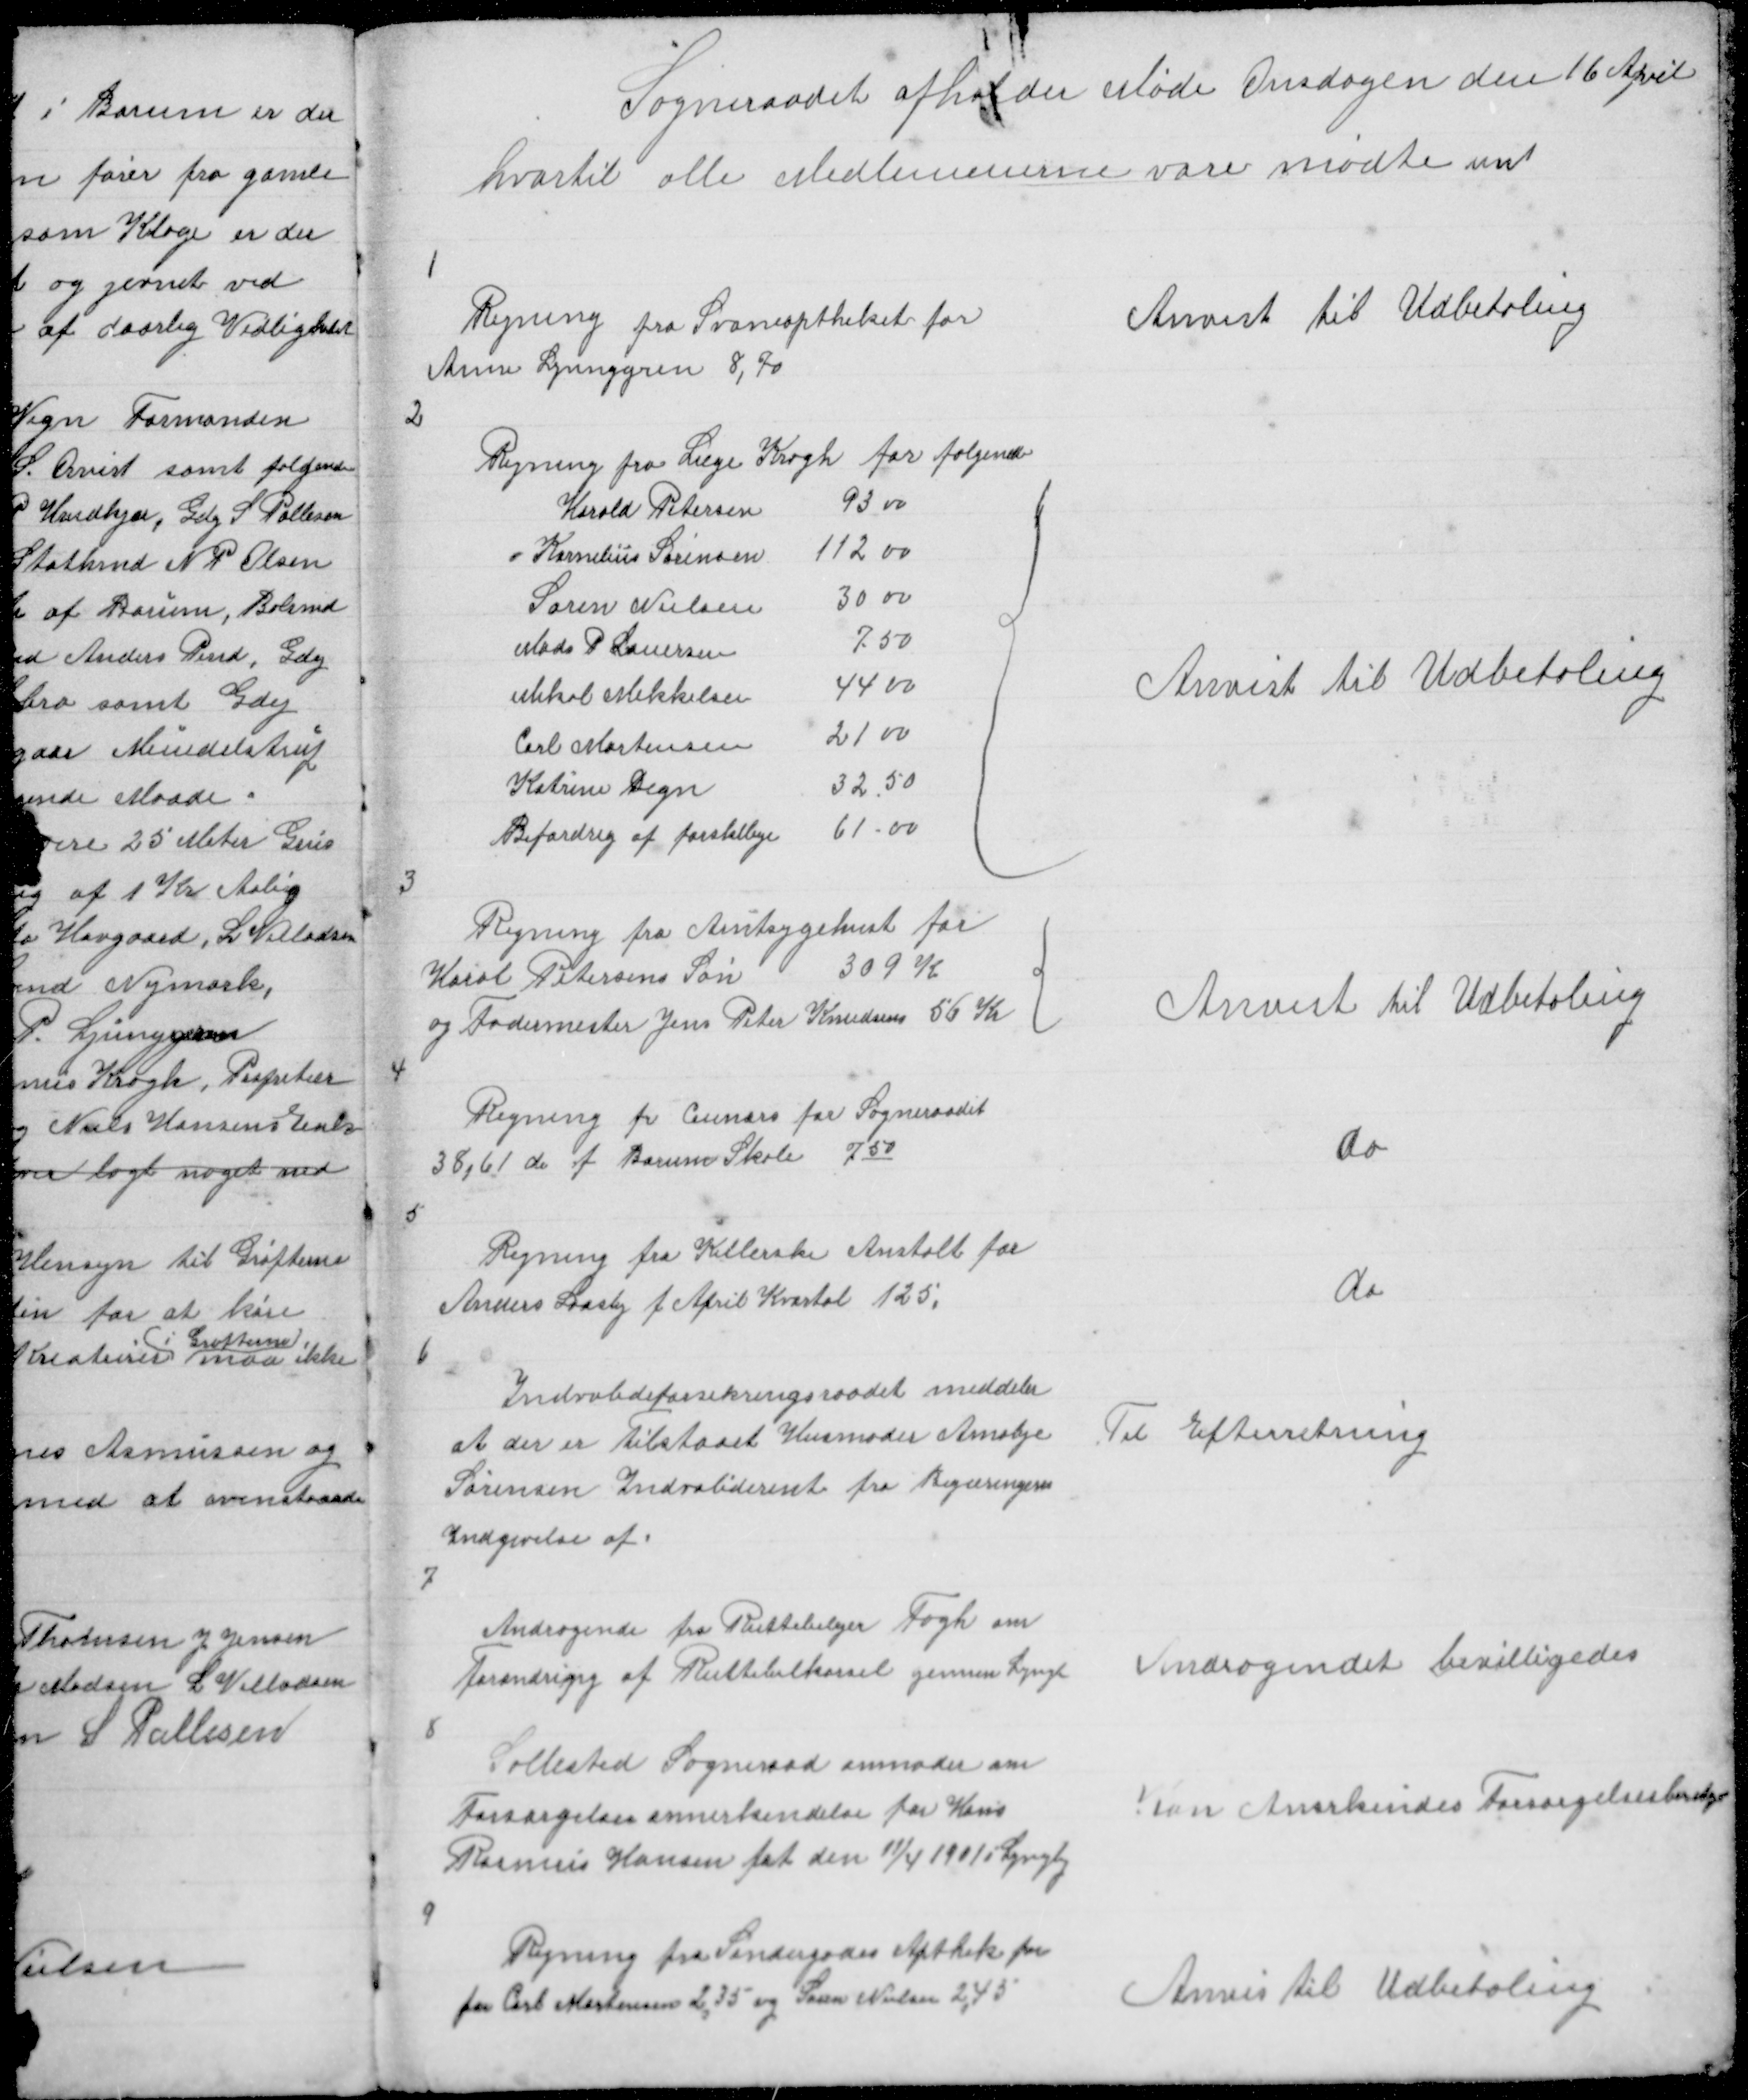
Transskription:
Sogneraadet afholder Møde Onsdagen den 16 April
hvortil alle Medlemmerne vare mødte unt

1

Regning fra Svaneaptheket for
Anne Ljunggren 8,70

Anvist til Udbetaling

2

Anvist til Udbetaling

3

Regning fra Amtsygehuset for
Karol Petersens Søn 309 K
{
og Fodermester Jens Peter Knudsens 56 Kr

Anvist til Udbetaling

4

Regning fra Ceuners for Sogneraadet
38,61 do f Borum Skole 750

do

5

Regning fra Kellerske Anstalt for
Anders Laasby f April Kvartal 125

do

6

Indvalideforsikringsraadet meddeler
at der er tilstaaet Husmoder Amalije
Sørensen Indvaliderente fra Begæringens
Indgivelse af

Til Efterretning

7

Andragende fra Ruttebilejer Fogh om
Forandring af Ruttebilkørsel gennem Lyngby

Andragendet bevilligedes

8

Søllested Sogneraad anmoder om
Forsørgelsesannerkendelse for Hans
Rasmus Hansen føt den 11/4 1901 i Lyngby

Kan Anerkendes Forsørgelsesberetiget

9

Regning fra Søndergades Apthek for
for Carl Mortensen 2,35 og Søren Nielsen 2,45

Anvis til Udbetaling